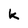
Character: k